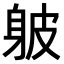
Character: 𨈵